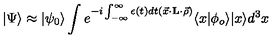
| \Psi \rangle \approx | \psi _ { 0 } \rangle \int e ^ { - i \int _ { - \infty } ^ { \infty } \epsilon ( t ) d t { } ( \vec { x } \cdot { \bf L } \cdot \vec { \rho } ) } \langle x | \phi _ { o } \rangle | x \rangle d ^ { 3 } x